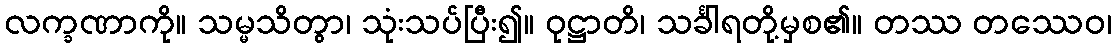
လက္ခဏာကို။ သမ္မသိတွာ၊ သုံးသပ်ပြီး၍။ ဝုဋ္ဌာတိ၊ သင်္ခါရတို့မှစ၏။ တဿ တဿေဝ၊